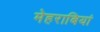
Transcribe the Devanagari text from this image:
मेहराबियां